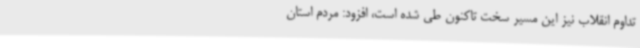
تداوم انقلاب نیز این مسیر سخت تاکنون طی شده است، افزود: مردم استان